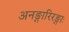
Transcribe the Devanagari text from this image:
अनङ्गारिरङ्गाः